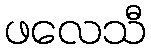
ဖလေသီ